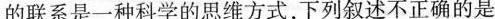
的联系是一种科学的思维方式，下列叙述不正确的是